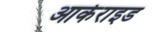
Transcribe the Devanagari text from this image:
आर्कराइड